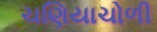
ચણિયાચોળી